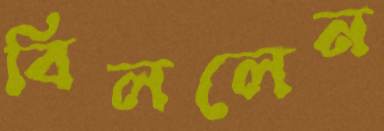
বিললেন